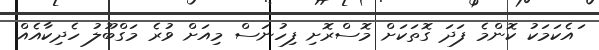
ައެކަމަކު ކޮންމެ ފަދަ ގޮތަކަށް މޮސްރޮށި ފިހުނަސް މިއަށް ވުރެ މަގްބޫލު ހެދިކާއެއް